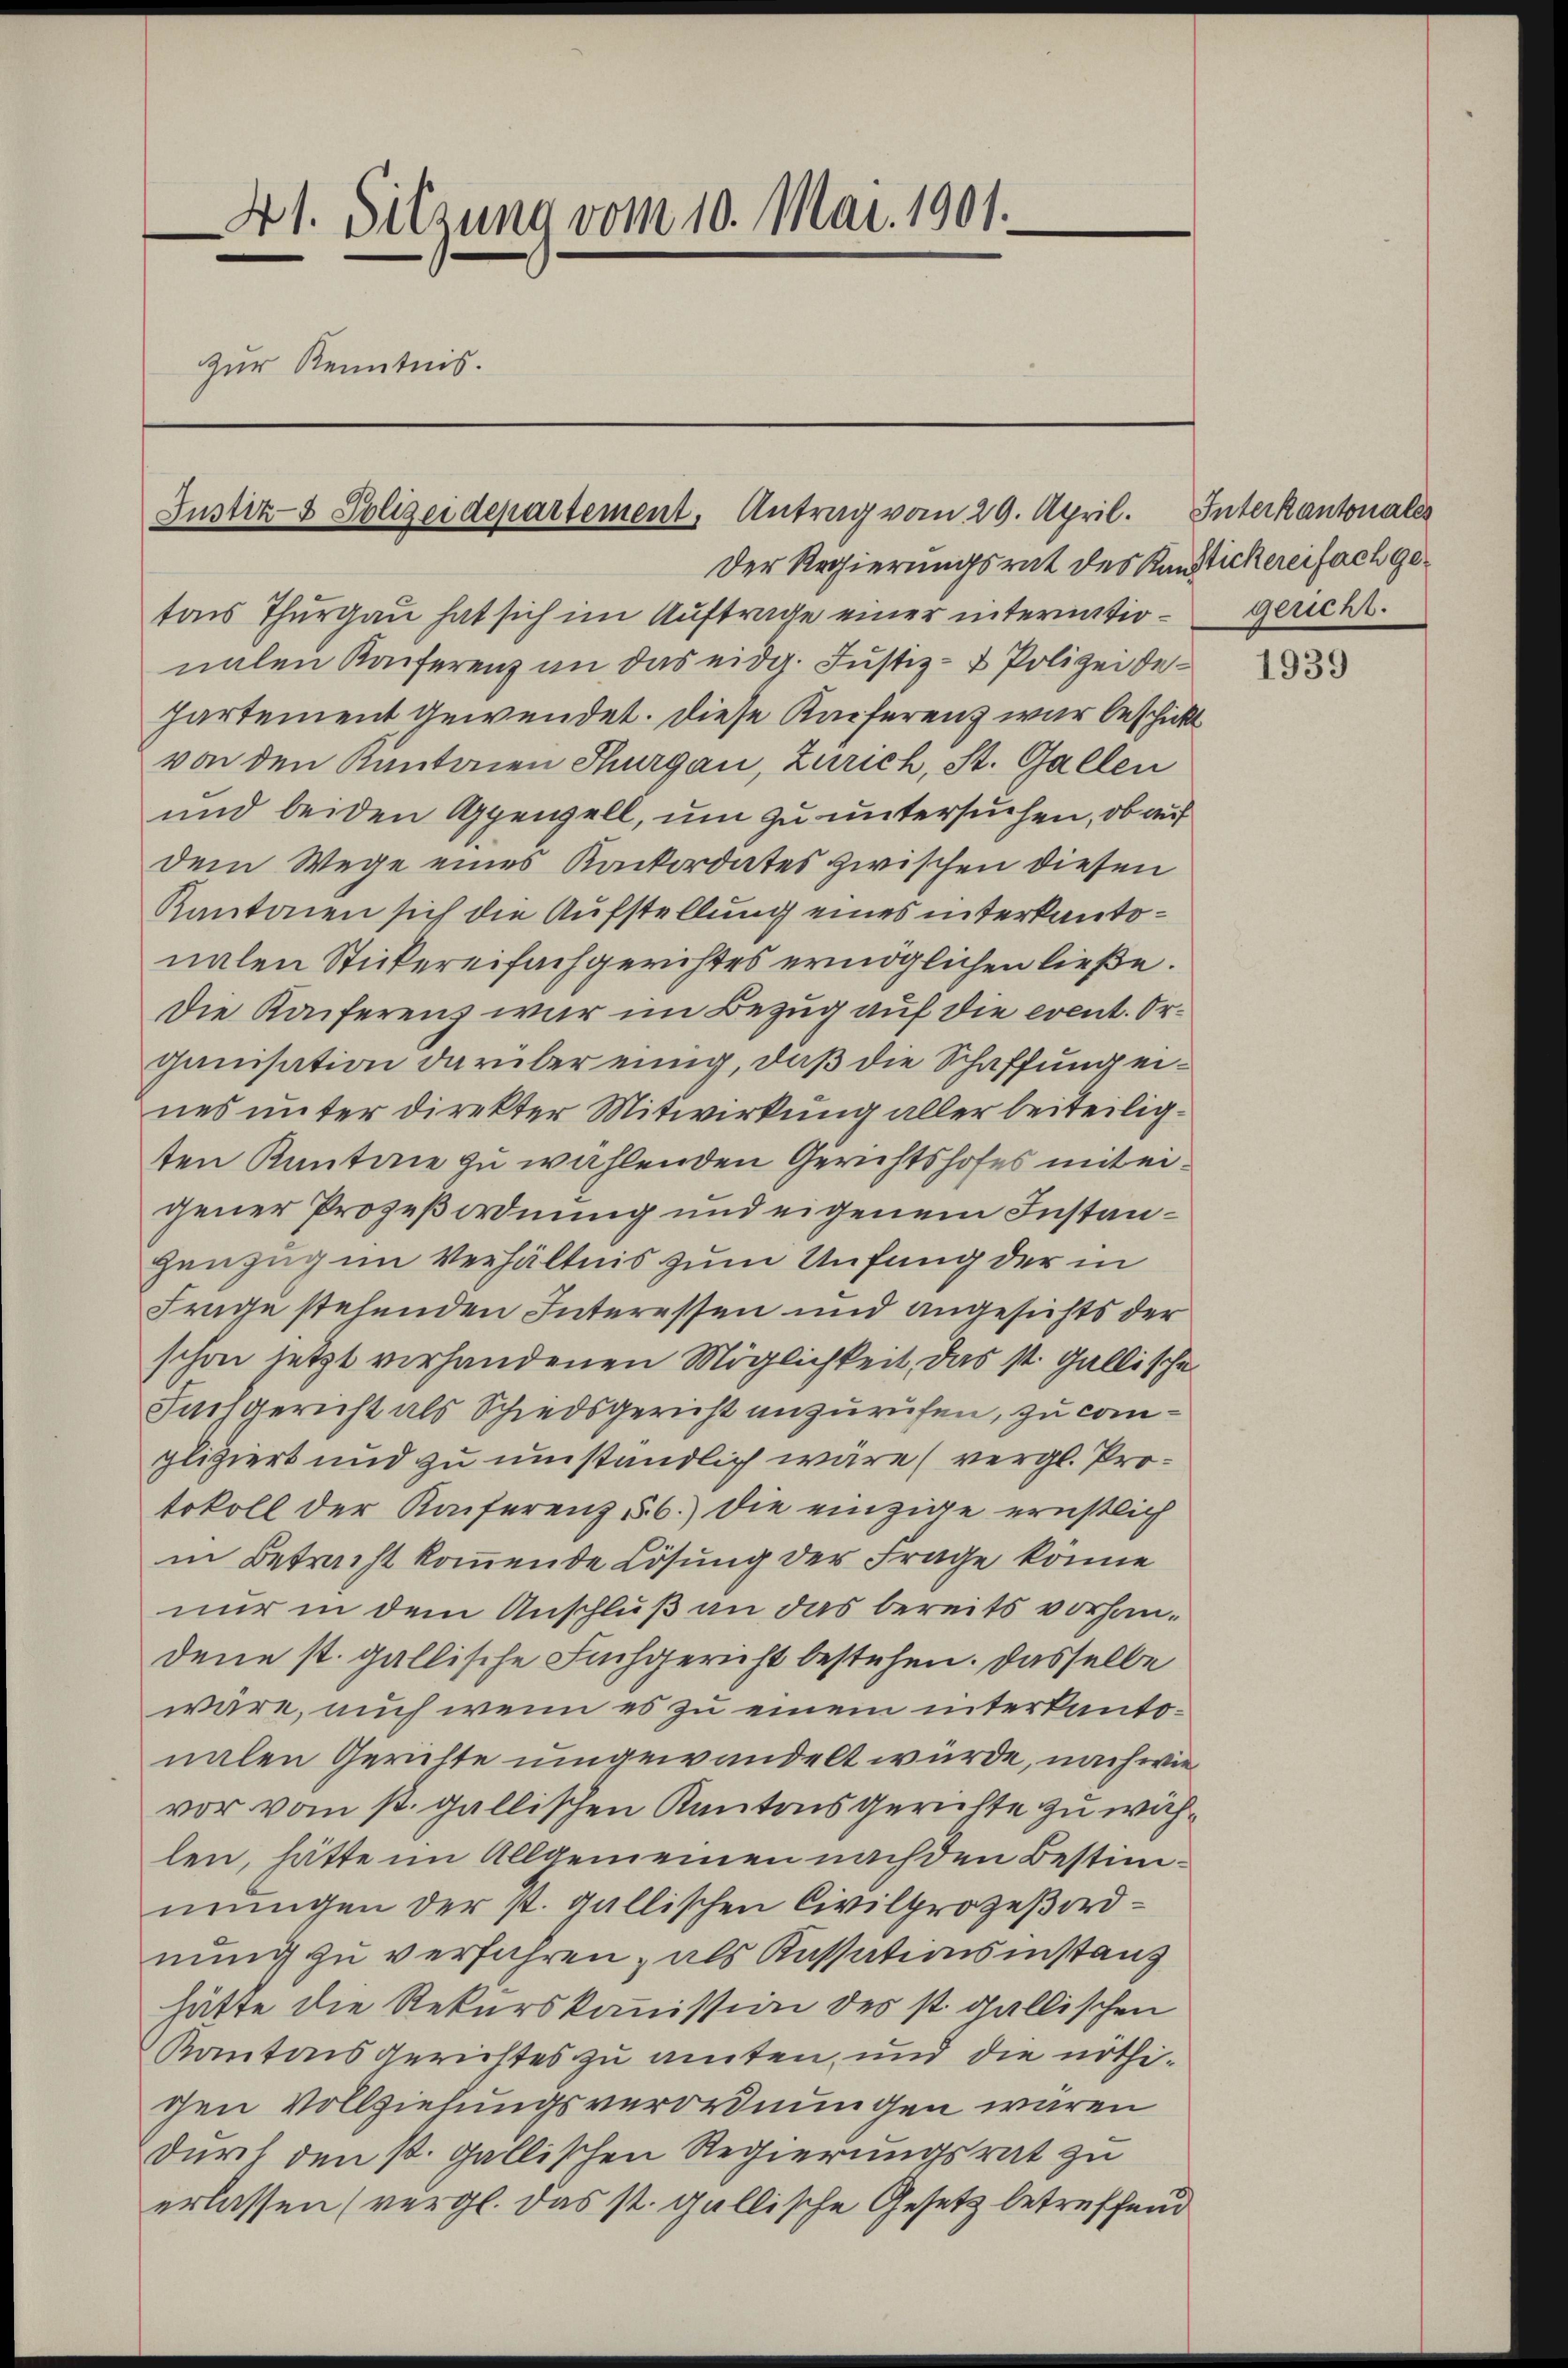
41. Sitzung vom 10. Mai. 1901.
Zur Kenntnis.

Justiz- & Polizeidepartement, Antrag vom 29. April. Interkantonales

Der Regierungsrat des Kantickereifach getois Thurgau hat sich im Auftrage einer intermation gericht.
nalen Kaiserenz an das eidg. Justiz- & Polizeidehartement gewendet. Diese Kaiferenz war beschickt
von den Kantonen Thurgau, Zürich, St. Gallen
und beiden Appenzell, um zu untersuchen, ob auf
dem Wege eines Konkordates zwischen diesen
Kantonen sich die Aufstellung eines interkantonalen Stickereifachgerichtes ermöglichen ließe.
Die Kaiferenz war im Bezug auf die event. Organisation darüber einig, daß die Schaffung eines unter direkter Mitwirkung aller beiteiligten Kantone zu wählenden Gerichtshofes mit eigener Prozeßordnung und eigenem Instan¬
Henzug im Verhältnis zum Unfang der in
Frage stehenden Interessen und angesichts der
schon jetzt vorhandenen Möglichkeit, das st. Gallische
Fachgericht als Schiedsgericht anzurufen, zu compliziert und zu umständlich wäre (vergl. Protokoll der Konferenz 56.) Die einzige ernstlich
in Betracht kommende Lösung der Frage könne
nur in dem Anschluß an das bereits vorhandene st. gallische Fuchgericht bestehen. Dasselbe
wäre, auch wenn es zu einem interkantonalen Gerütte umgewandelt würde, nach wie
vor vom st. gallischen Kantons Gerichte zu wählen, hätte im Allgemeinen nach den Bestimmungen der st. gallischen Civilprozeßordnung zu verfahren, als Kassationsinstanz
hätte die Rekurskommission des st. gallischen
Kantonsgerichtes zu amten, und die nöthichen Vollziehungsverordnungen wären
durch den st. gallischen Regierungsrat zu
erlassen (vergl. das st. gallische Gesetz betreffend

1939